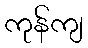
ကုန်ကျ